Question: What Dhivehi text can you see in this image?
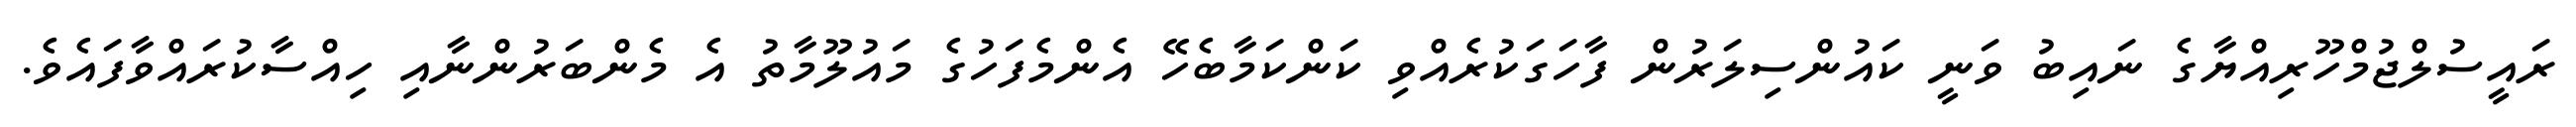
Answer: ރައީސުލްޖުމްހޫރިއްޔާގެ ނައިބު ވަނީ ކައުންސިލަރުން ފާހަގަކުރެއްވި ކަންކަމާބެހޭ އެންމެފަހުގެ މައުލޫމާތު އެ މެންބަރުންނާއި ހިއްސާކުރައްވާފައެވެ.